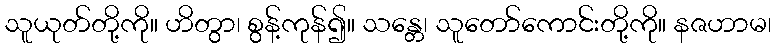
သူယုတ်တို့ကို။ ဟိတွာ၊ စွန့်ကုန်၍။ သန္တေ၊ သူတော်ကောင်းတို့ကို။ နဇဟာမ၊